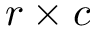
r \times c